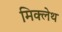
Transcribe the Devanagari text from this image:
मिक्लेथ